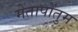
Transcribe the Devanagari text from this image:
मेतापोंतुम